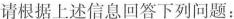
请根据上述信息回答下列问题：